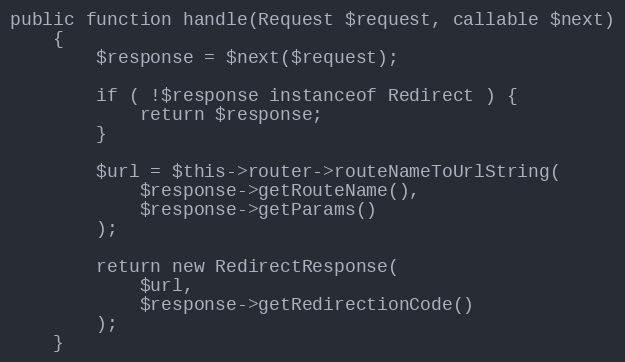
Language: PHP
public function handle(Request $request, callable $next)
    {
        $response = $next($request);

        if ( !$response instanceof Redirect ) {
            return $response;
        }

        $url = $this->router->routeNameToUrlString(
            $response->getRouteName(),
            $response->getParams()
        );

        return new RedirectResponse(
            $url,
            $response->getRedirectionCode()
        );
    }